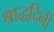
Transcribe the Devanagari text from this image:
श्राद्धदिनी